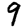
Digit: 9